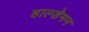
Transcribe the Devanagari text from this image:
हाल्डेमन